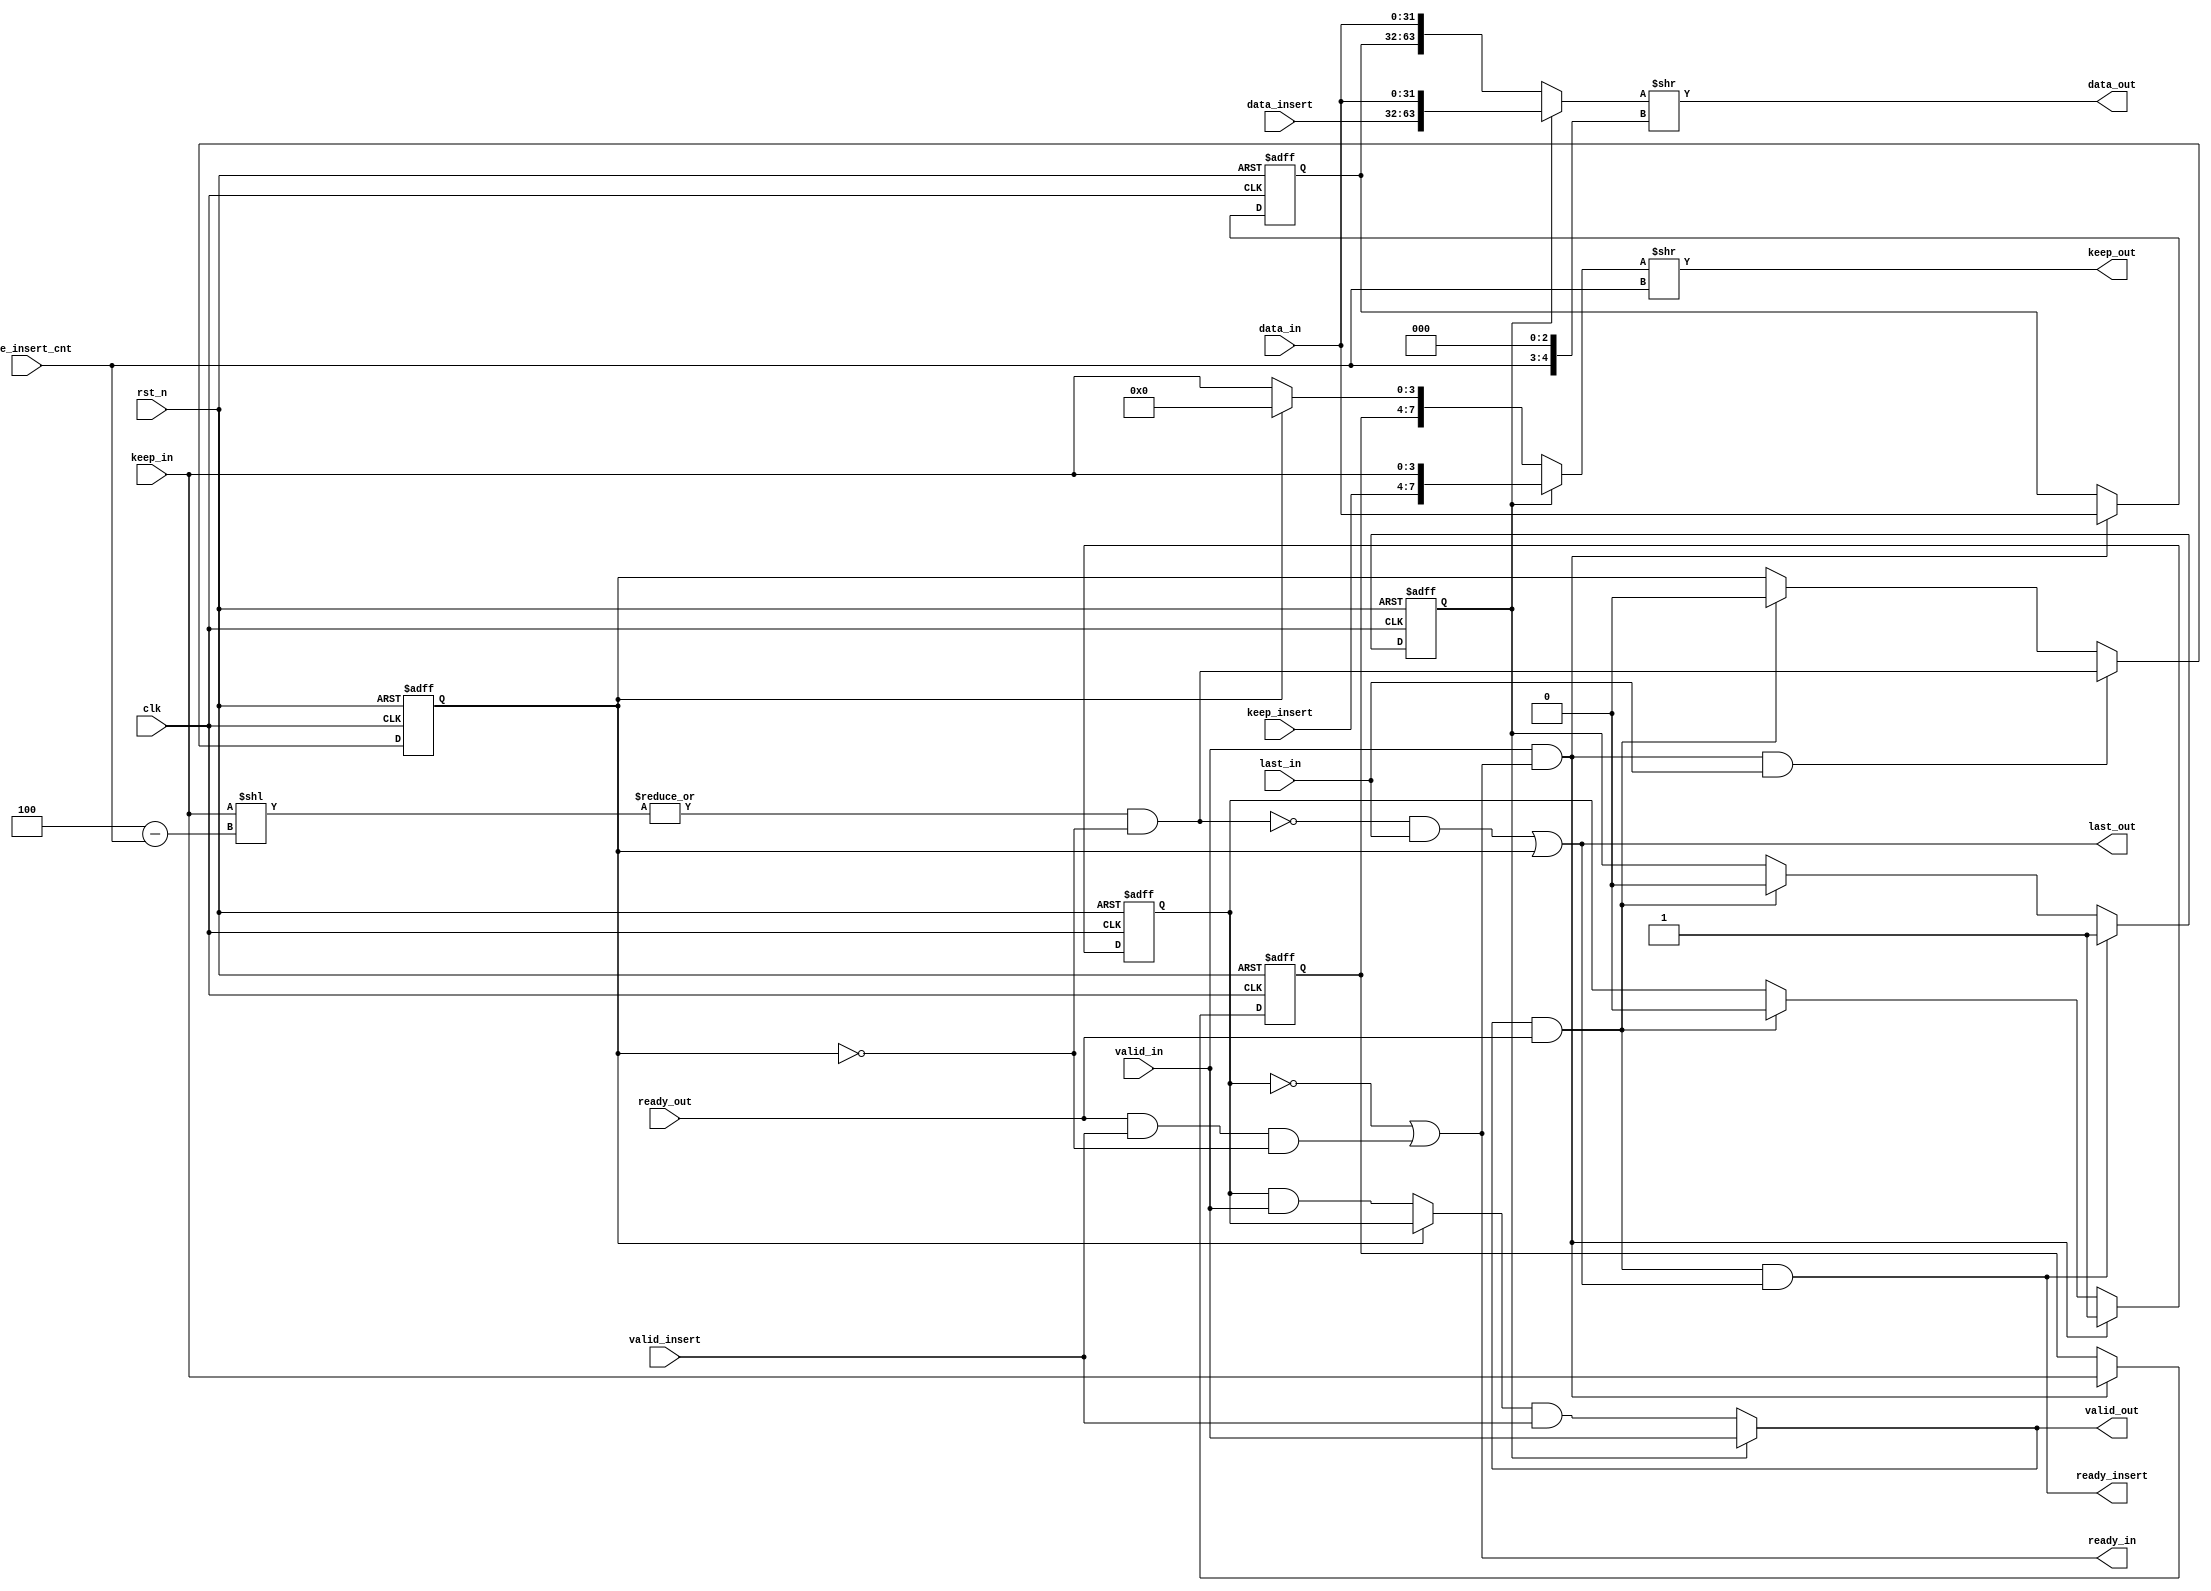
// keep_in      = 4'b1111
// last_keep_in = 4'b1111, 4'b1110, 4'b1100, 4'b1000 no 4'b0000
// keep_insert  = 4'b0111, 4'b0011, 4'b0001, 4'b0000 no 4'b1111
// keep_out     = 4'b1111

// first input beat:
// keep_in      = 4'b1111
// keep_insert  = 4'b0011
// keep_out     = 4'b1111

// last input beat:
// keep_in      = 4'b1000
// keep_insert  = 4'b0011
// last output beat, no extra:
// keep_out = 4'b1110

// last input beat:
// keep_in      = 4'b1110
// keep_insert  = 4'b0011
// last output beat, has extra
// keep_out = 4'b1000

module axi_stream_insert#(
        parameter DATA_WD = 32,
        parameter DATA_BYTE_WD = DATA_WD >> 3,
        parameter BYTE_CNT_WD = $clog2(DATA_BYTE_WD)
    ) (
        input                           clk,
        input                           rst_n,

        input                           valid_in,
        input   [DATA_WD - 1 : 0]       data_in,
        input   [DATA_BYTE_WD - 1 : 0]  keep_in,
        input                           last_in,
        output                          ready_in,

        output                          valid_out,
        output  [DATA_WD - 1 : 0]       data_out,
        output  [DATA_BYTE_WD - 1 : 0]  keep_out,
        output                          last_out,
        input                           ready_out,

        input                           valid_insert,
        input   [DATA_WD - 1 : 0]       data_insert,
        input   [DATA_BYTE_WD - 1 : 0]  keep_insert,
        input   [BYTE_CNT_WD - 1 : 0]   byte_insert_cnt,
        output                          ready_insert
    );

    localparam DATA_BIT_CNT_WD = $clog2(DATA_WD);

    reg  [DATA_WD - 1 : 0]      data_in_r;
    reg  [DATA_BYTE_WD - 1 : 0] keep_in_r;
    reg                         valid_in_r;

    reg                         first_beat_r;
    reg                         extra_beat_r;

    wire fire_in     = valid_in     && ready_in;
    wire fire_out    = valid_out    && ready_out;
    wire fire_insert = valid_insert && ready_insert;

    wire [DATA_BYTE_WD - 1 : 0]     keep_nothing = {DATA_BYTE_WD{1'b0}};
    wire [2*DATA_WD - 1 : 0]        double_data  = first_beat_r ? {data_insert, data_in} : {data_in_r, data_in};
    wire [2*DATA_BYTE_WD - 1 : 0]   double_keep  = first_beat_r ? {keep_insert, keep_in} : 
                                                   (extra_beat_r ? {keep_in_r, keep_nothing} :
                                                                  {keep_in_r, keep_in});
 
    wire [BYTE_CNT_WD  : 0]         right_shift_byte_cnt = byte_insert_cnt;
    wire [DATA_BIT_CNT_WD  : 0]     right_shift_bit_cnt = right_shift_byte_cnt << 3;

    // wire [BYTE_CNT_WD : 0]                data_byte_cnt = DATA_BYTE_WD;
    wire [BYTE_CNT_WD : 0]          left_shift_byte_cnt = DATA_BYTE_WD - byte_insert_cnt;
    wire [DATA_BYTE_WD - 1 : 0]     next_beat_byte = keep_in << left_shift_byte_cnt;
    wire                            has_extra_beat = |next_beat_byte && !extra_beat_r;
    
    assign data_out     = double_data >> right_shift_bit_cnt;
    assign keep_out     = double_keep >> right_shift_byte_cnt;

    assign ready_in     = !valid_in_r || (ready_out && valid_insert && !extra_beat_r); // valid_in_r
    assign last_out     = (!has_extra_beat && last_in) || extra_beat_r;
    assign ready_insert = fire_out && last_out;
    assign valid_out    = first_beat_r ? valid_in :
                         (extra_beat_r ? valid_in_r :
                                        (valid_in_r && valid_in))
                         && valid_insert;

    always @(posedge clk or negedge rst_n) begin
        if (~rst_n) begin
            first_beat_r <= 'b1;
        end
        else if (fire_out && last_out) begin
            first_beat_r <= 1'b1;
        end
        else if (fire_out) begin
            first_beat_r <= 1'b0;
        end
    end

    always @(posedge clk or negedge rst_n) begin
        if (~rst_n) begin
            extra_beat_r <= 1'b0;
        end
        else begin
            if (fire_in && last_in) begin
                extra_beat_r <= has_extra_beat;
            end
            else if (fire_out) begin
                extra_beat_r <= 1'b0;
            end
        end
    end

    always @(posedge clk or negedge rst_n) begin
        if (~rst_n) begin
            data_in_r  <= 'b0;
            keep_in_r  <= 'b0;
            valid_in_r <= 'b0;
        end
        else begin 
            if (fire_out) begin
                valid_in_r <= 1'b0;
            end
            if (fire_in) begin
                data_in_r  <= data_in;
                keep_in_r  <= keep_in;
                valid_in_r <= 1'b1;
            end
        end
    end
endmodule